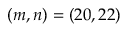
( m , n ) = ( 2 0 , 2 2 )